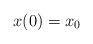
LaTeX: \begin{align*} x(0) = x_0\end{align*}